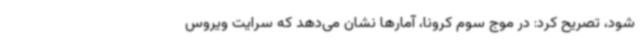
شود، تصریح کرد: در موج سوم کرونا، آمارها نشان می‌دهد که سرایت ویروس